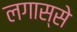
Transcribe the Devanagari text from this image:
लगास्से